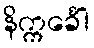
နိက္ကင်္ခေါ